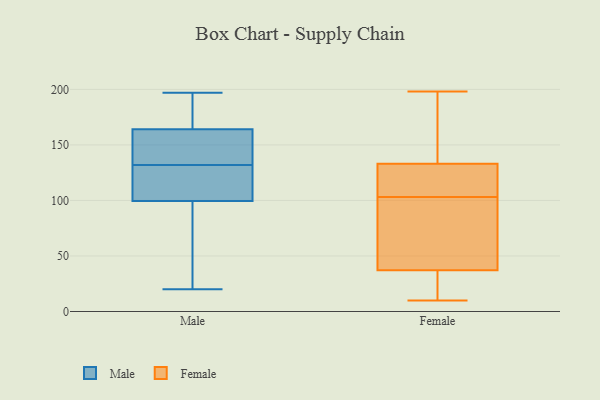
{"axis": {"x": "Waste Production (Tons)", "y": "Value"}, "legend": ["Female", "Male"], "data": [{"x": "", "y": 107, "type": "Male"}, {"x": "", "y": 180, "type": "Male"}, {"x": "", "y": 115, "type": "Male"}, {"x": "", "y": 170, "type": "Male"}, {"x": "", "y": 89, "type": "Male"}, {"x": "", "y": 143, "type": "Male"}, {"x": "", "y": 65, "type": "Male"}, {"x": "", "y": 162, "type": "Male"}, {"x": "", "y": 158, "type": "Male"}, {"x": "", "y": 174, "type": "Male"}, {"x": "", "y": 132, "type": "Male"}, {"x": "", "y": 136, "type": "Male"}, {"x": "", "y": 73, "type": "Male"}, {"x": "", "y": 114, "type": "Male"}, {"x": "", "y": 103, "type": "Male"}, {"x": "", "y": 20, "type": "Male"}, {"x": "", "y": 197, "type": "Male"}, {"x": "", "y": 103, "type": "Female"}, {"x": "", "y": 198, "type": "Female"}, {"x": "", "y": 124, "type": "Female"}, {"x": "", "y": 10, "type": "Female"}, {"x": "", "y": 78, "type": "Female"}, {"x": "", "y": 23, "type": "Female"}, {"x": "", "y": 22, "type": "Female"}, {"x": "", "y": 18, "type": "Female"}, {"x": "", "y": 148, "type": "Female"}, {"x": "", "y": 121, "type": "Female"}, {"x": "", "y": 114, "type": "Female"}, {"x": "", "y": 162, "type": "Female"}, {"x": "", "y": 42, "type": "Female"}, {"x": "", "y": 197, "type": "Female"}, {"x": "", "y": 128, "type": "Female"}, {"x": "", "y": 53, "type": "Female"}, {"x": "", "y": 85, "type": "Female"}]}